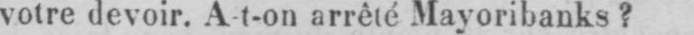
votre devoir. A-t-on arrêté Mayoribanks?